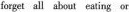
forget all about eating or